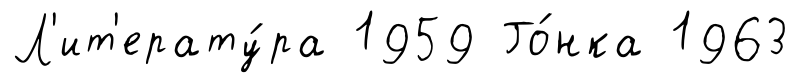
Л'ит'ерату́ра 1959 Го́нка 1963